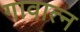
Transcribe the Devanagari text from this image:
गावात्न